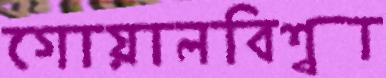
গোয়ালবিশ্বা